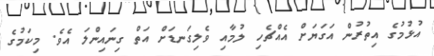
އުޅުމުގެ އިތުރުން އަގަޔަށް އެއްޗެހި ލުމާއި ވެލިގަނޑަށް އަތް ގިނައިންލަ އެވެ. މިކަމުގެ